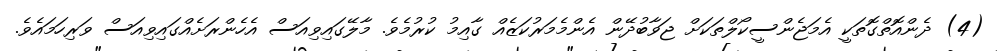
(4) ދެންއޮތްގޮތަކީ އެމަޖެންސީކޯލްތަކަށް ޖަވާބުދޭން އެންމެމަރުކަޒެއް ގާއިމު ކުރުމެވެ. މާލޭގައިވިއަސް އެހެންރަށެއްގައިވިއަސް ވަރިހަމައެވެ.